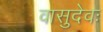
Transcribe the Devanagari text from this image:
वासुदेवः